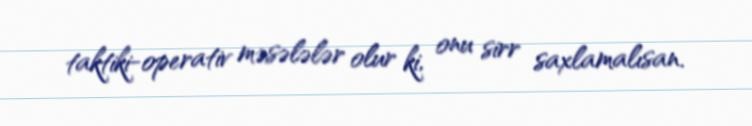
taktiki-operativ məsələlər olur ki, onu sirr saxlamalısan.